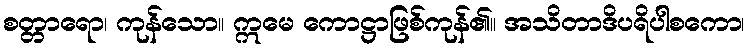
စတ္တာရော၊ ကုန်သော။ ဣမေ ကောဋ္ဌာဖြစ်ကုန်၏။ အသိတာဒိပရိပါစကော၊